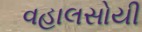
વહાલસોયી